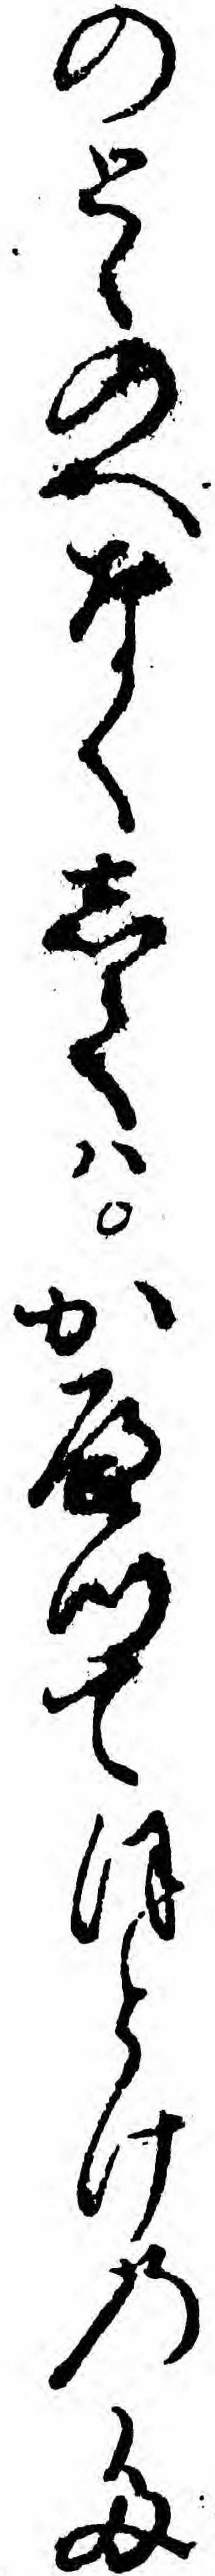
のとゝのへなくしてハかへつてほとけのた